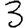
Digit: 3